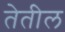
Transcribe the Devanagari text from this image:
तेतील